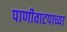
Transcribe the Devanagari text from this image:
पाणीवाटपाच्या